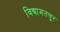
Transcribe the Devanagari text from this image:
विद्यामतचूर